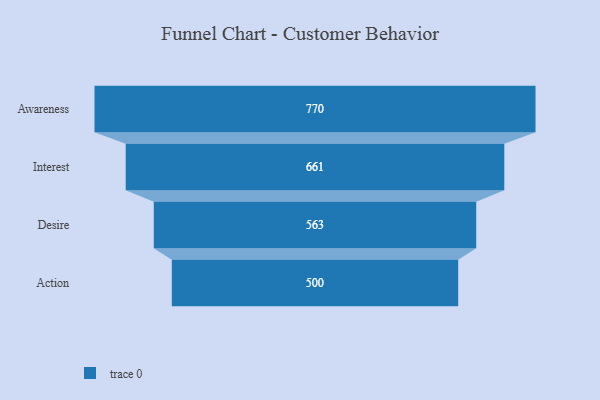
{"axis": {"x": "Stage", "y": "Value"}, "legend": [""], "data": [{"x": "Awareness", "y": 770.0, "type": ""}, {"x": "Interest", "y": 661.0, "type": ""}, {"x": "Desire", "y": 563.0, "type": ""}, {"x": "Action", "y": 500, "type": ""}]}